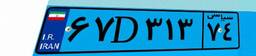
۶۷D۳۱۳۷۴